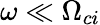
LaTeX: \omega\ll\Omega_{ci}